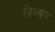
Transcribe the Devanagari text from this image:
व़िल्सन